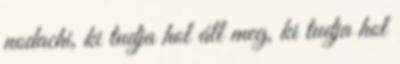
nodachi, ki tudja hol áll meg, ki tudja hol